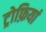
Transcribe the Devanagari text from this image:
ट्रोफ़ियां